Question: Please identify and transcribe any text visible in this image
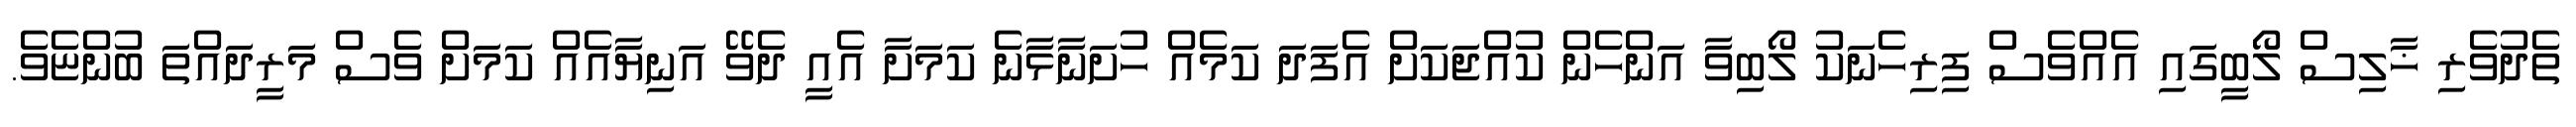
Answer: ތެދުވެރި ޚާލިސް ލޯބީގައި އެއްވެސް ފިރިހެނަކު ލޯބިވާ އަންހެން ކުއްޖަކަށް އެފަދަ ކަމެއް ހުށަނާޅާނެ ކަމަށާ އެއީ ދެވޭ އަނިޔާއެއް ކަމަށް ވެސް މަރީދައްތަ ބުންޏެވެ.